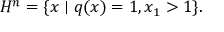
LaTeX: H ^ { n } = \{ x \mid q ( x ) = 1 , x _ { 1 } > 1 \} .